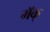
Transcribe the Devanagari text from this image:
मॅक्